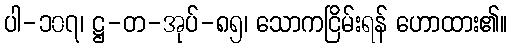
ပါ-၁၀၇၊ ဋ္ဌ-တ-အုပ်-၈၅၊ သောကငြိမ်းရန် ဟောထား၏။